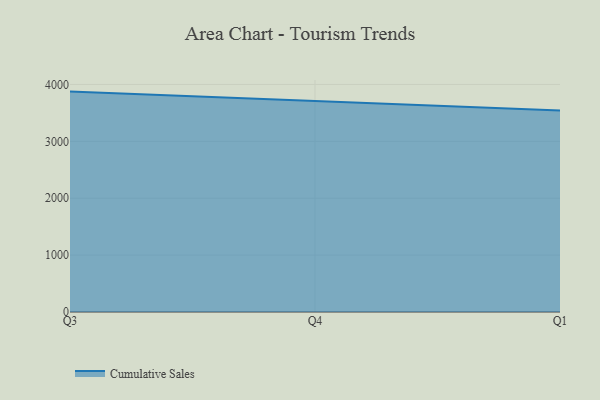
{"axis": {"x": "Quarter", "y": "Shipments"}, "legend": ["Cumulative Sales"], "data": [{"x": "Q3", "y": 3874.5, "type": "Cumulative Sales"}, {"x": "Q4", "y": 3711.6, "type": "Cumulative Sales"}, {"x": "Q1", "y": 3540.8, "type": "Cumulative Sales"}]}